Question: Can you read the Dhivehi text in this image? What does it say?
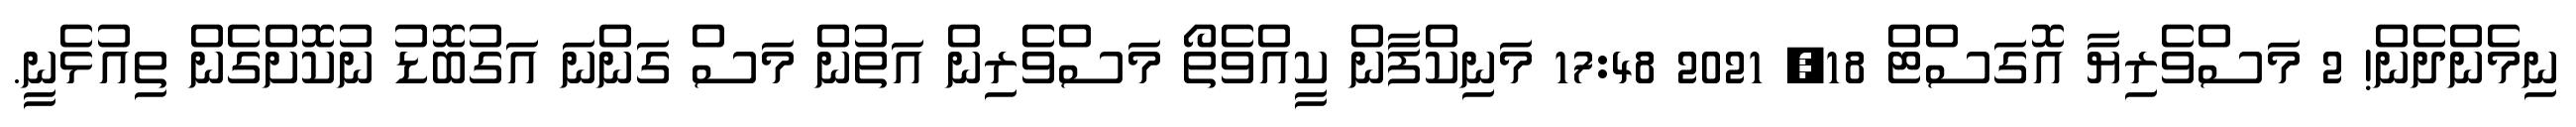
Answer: ނިމެންދެން! 2 މަސްވެރިޔާ އޮގަސްޓް 18, 2021 17:48 މަނިކްފާން ކީއްވެތޯ މަސްވެރިން އަތުން މަސް ގަންނަ އަގުބޮޑު ނުކޮށްގެން ތިއުޅެނީ.